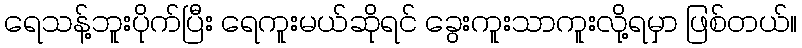
ရေသန့်ဘူးပိုက်ပြီး ရေကူးမယ်ဆိုရင် ခွေးကူးသာကူးလို့ရမှာ ဖြစ်တယ်။